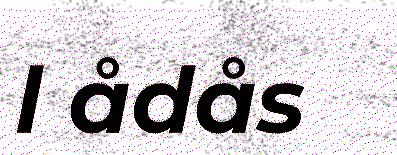
l ådås